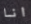
انا